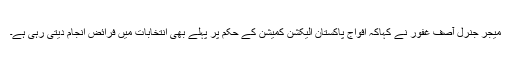
میجر جنرل آصف غفور نے کہاکہ افواج پاکستان الیکشن کمیشن کے حکم پر پہلے بھی انتخابات میں فرائض انجام دیتی رہی ہے۔